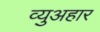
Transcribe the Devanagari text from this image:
व्युअहार